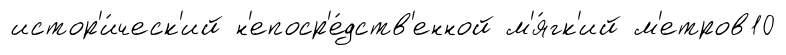
истор'и́ческ'ий н'епоср'е́дств'енной м'я́гк'ий м'етров10